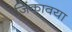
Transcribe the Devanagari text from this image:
जिंकावया